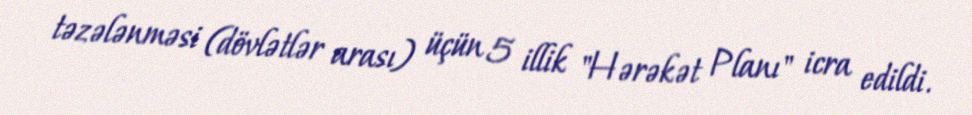
təzələnməsi (dövlətlər arası) üçün 5 illik "Hərəkət Planı" icra edildi.